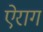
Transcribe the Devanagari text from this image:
ऐराग